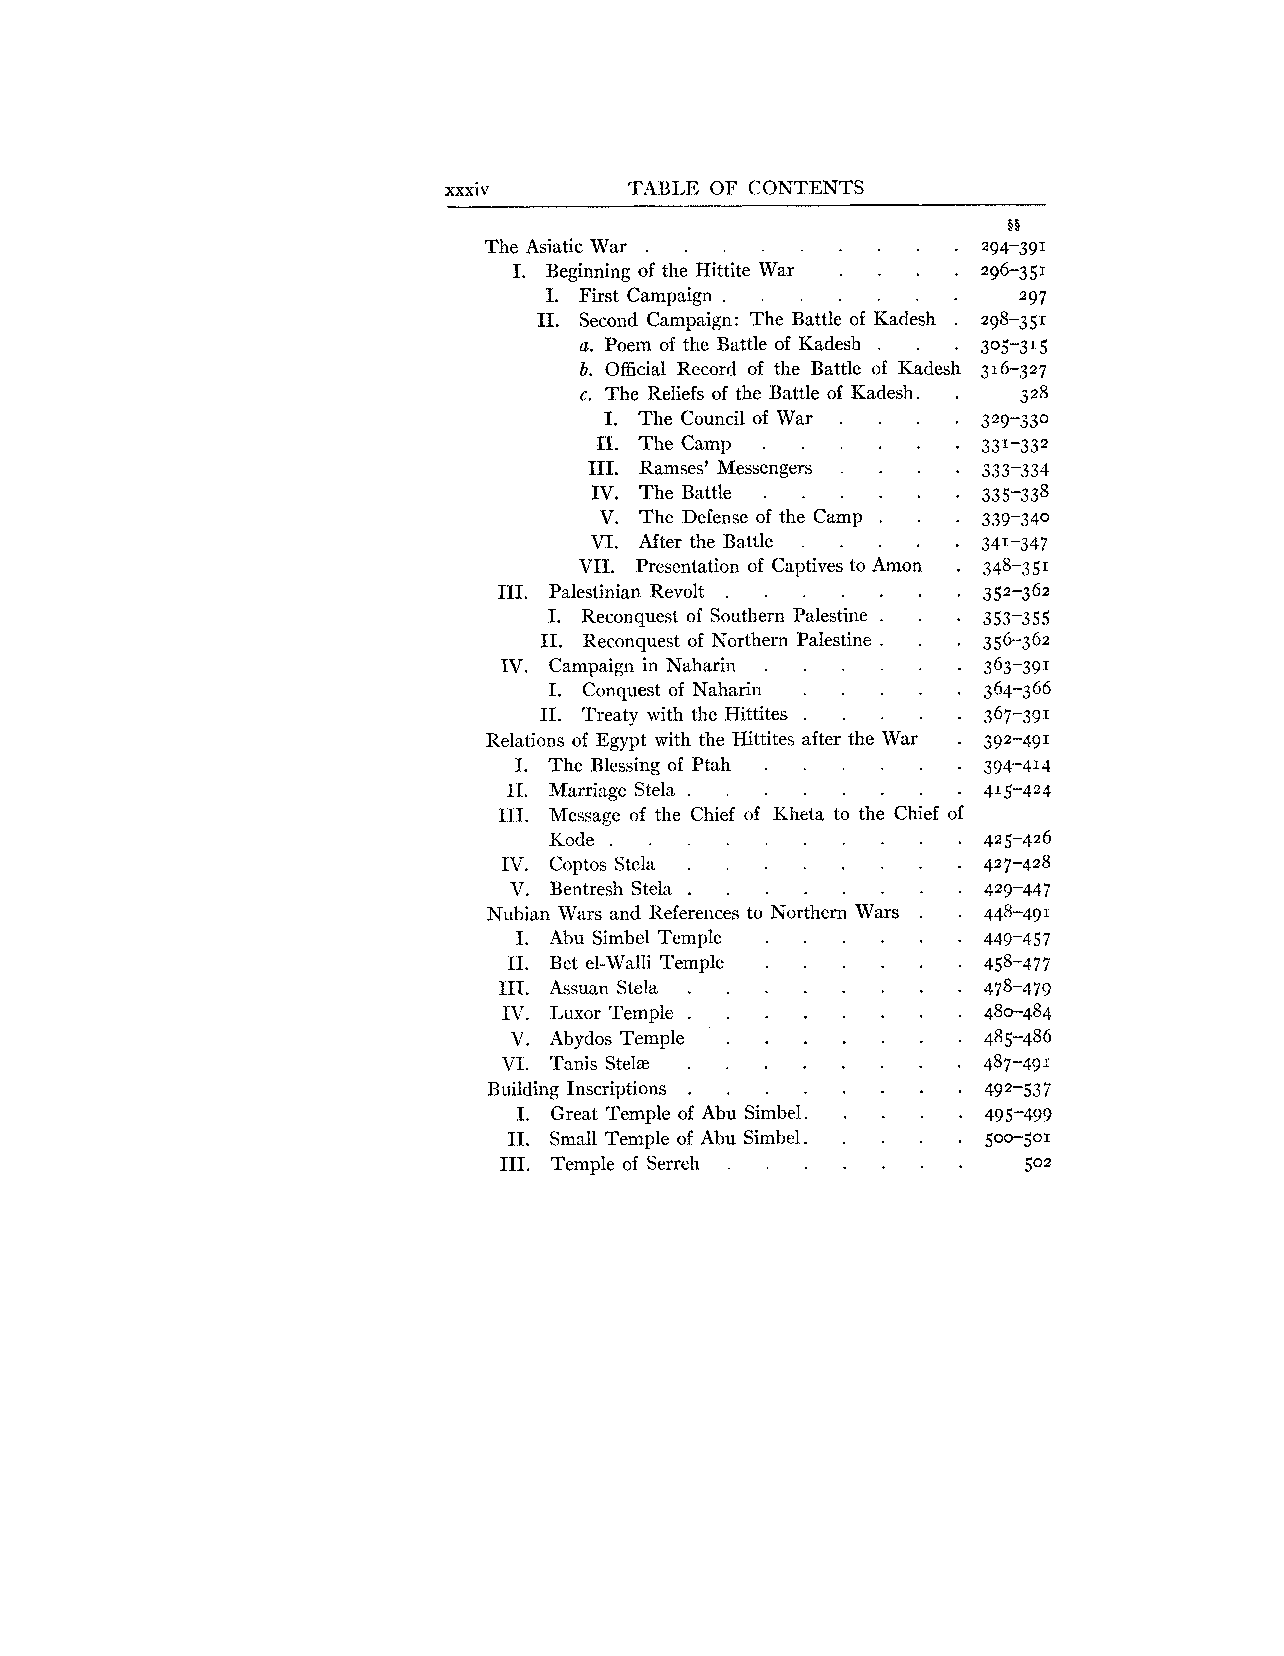
xxxiv       TABLE OF CONTENTS
 The Asiatic War . . . . . . . . .
 I. Beginning of the Hittite War . . . .
 I. First Campaign . . . . . . .
 .
 I1 Second Campaign: The Battle of Kadesh .
 a . Poem of the Battle of Kadesh . . .
 .
 b Official Record of the Battle of Kadesh
 c . The Reliefs of the Battle of Kadesh . .
 .
 I The Council of War . . . .
 II . The Camp . . . . . .
 111 . Ramses7Messengers . . . .
 .
 IV The Battle . . . . . .
 V . The Defense of the Camp . . .
 VI. After the Battle . . . . .
 .                     .
 VII Presentation of Captives to Amon
 I11 . Palestinian Revolt . . . . . . .
 I. Reconquest of Southern Palestine . . .
 I1 . Reconquest of Northern Palestine . . .
 IV . Campaign in Naharin . . . . . .
 .
 I  Conquest of Naharin . . . . .
 11. Treaty with the Hittites . . . . .
 Relations of Egypt with the Hittites after the War .
 .
 1 The Blessing of Ptah . . . . . .
 I1. Marriage Stela . . . . . . . .
 111. Message of the Chief of Kheta to the Chief of
 Kode .      .       .      .
 .
 IV Coptos Stela . . . . . . . .
 V . Bentresh Stela . . . . . . . .
 Nubian Wars and References to Northern Wars . .
 I . Abu Simbel Temple . . . . . .
 I1 . Bet el-Walli Temple . . . . . .
 111. Assuan Stela . . . . . . . .
 IV. I. uxor Temple . . . . . . . .
 V . Abydos Temple . . . . . . .
 VI. Tanis Stelae . . . . . . . .
 Building Inscriptions . . . . . . . .
 I . Great Tenlple of Abu Simbel . . . . .
 I1 . Small Temple of Abu Simbel . . . . .
 I11 . Temple of Serreh . . . . . . .